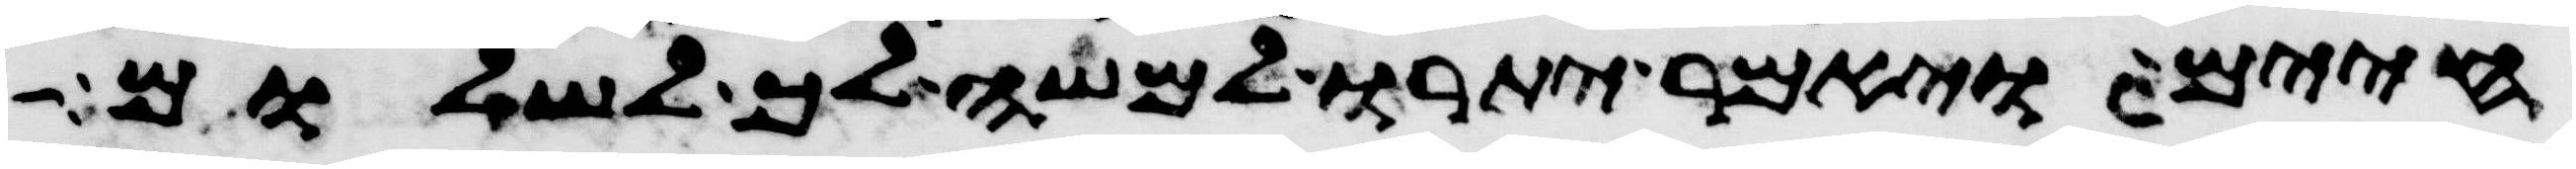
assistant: חיים ויאמר יתרו למשה לך לשלום